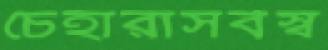
চেহারাসর্বস্ব